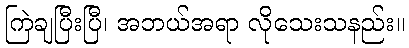
ကြဲချပြီးပြီ၊ အဘယ်အရာ လိုသေးသနည်း။